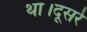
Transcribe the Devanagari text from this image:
था।दूसरे